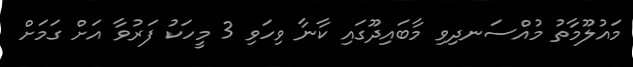
މައުލޫމާތު މުއްސަނދިވި މާބައިދޫގައި ކާނާ ވިހަވި 3 މީހަކު ފަރުވާ އަށްް ގަމަށް